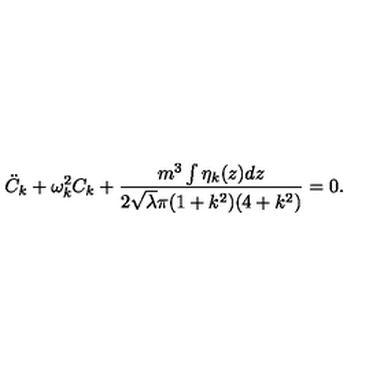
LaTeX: { \ddot { C } } _ { k } + \omega _ { k } ^ { 2 } C _ { k } + \frac { m ^ { 3 } \int \eta _ { k } ( z ) d z } { 2 { \sqrt \lambda } \pi ( 1 + k ^ { 2 } ) ( 4 + k ^ { 2 } ) } = 0 .